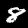
Digit: 8